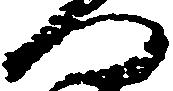
門